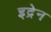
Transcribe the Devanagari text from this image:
इद्रेन